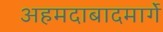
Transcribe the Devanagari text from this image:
अहमदाबादमार्गे